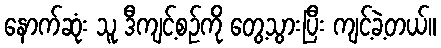
နောက်ဆုံး သူ ဒီကျင့်စဉ်ကို တွေ့သွားပြီး ကျင့်ခဲ့တယ်။